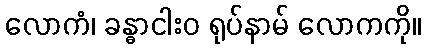
လောကံ၊ ခန္ဓာငါးဝ ရုပ်နာမ် လောကကို။